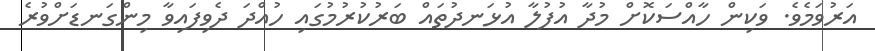
އަރުވަމެވެ. ވަކިން ހާއްސަކޮށް މުދާ އުފުލާ އުޅަނދުތައް ބަރުކުރުމުގައި ހުއްދަ ދެވިފައިވާ މިންގަނޑަށްވުރެ